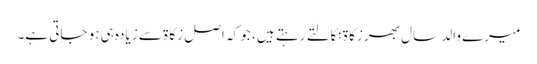
میرے والد سال بھر زکاۃ نکالتے رہتے ہیں ، جو کہ اصل زکاۃ سے زیادہ ہی ہو جاتی ہے۔